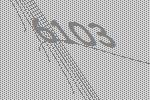
6103